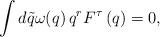
LaTeX: \begin{align*}\int d\tilde q \omega (q)\, q^r F^\tau \left( q\right) =0,\end{align*}